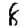
Digit: 8